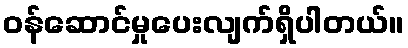
ဝန်ဆောင်မှုပေးလျက်ရှိပါတယ်။